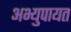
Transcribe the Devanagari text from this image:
अभ्युपायत